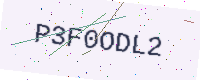
Text: P3F0ODL2